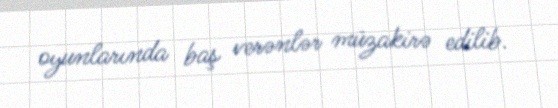
oyunlarında baş verənlər müzakirə edilib.